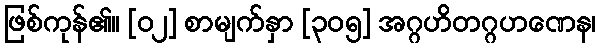
ဖြစ်ကုန်၏။ [၀၂] စာမျက်နှာ [၃၀၅] အဂ္ဂဟိတဂ္ဂဟဏေန၊